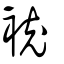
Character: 䘪